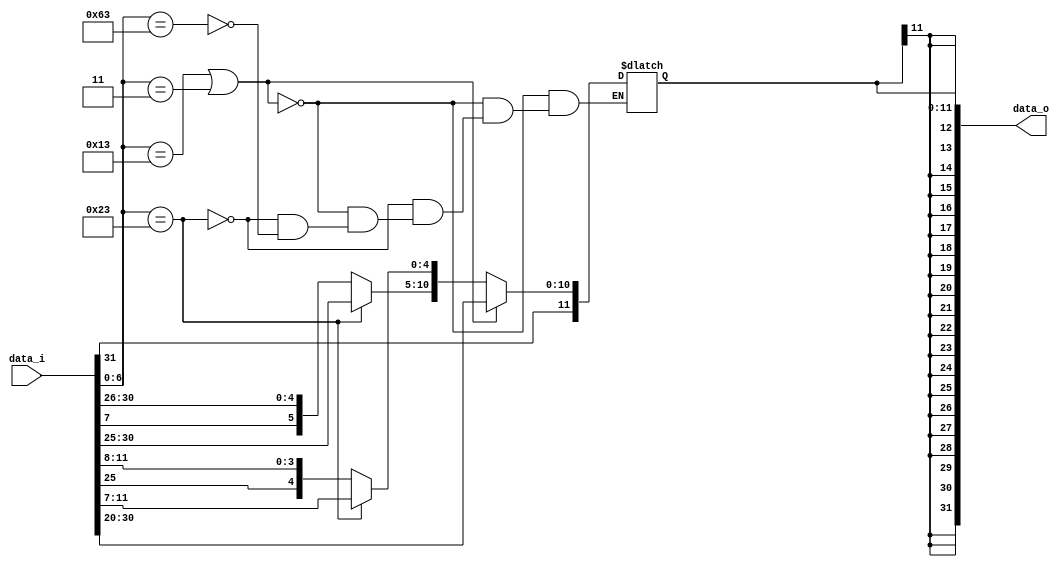
module Sign_Extend(
    data_i,
    data_o
);
input   [31:0]  data_i;
output  [31:0]  data_o;

reg     [11:0]  imm_reg;

assign	data_o = {{20{imm_reg[11]}}, imm_reg};
always @(data_i)
begin
	if (data_i[6 : 0] == 7'b0010011 || data_i[6 : 0] == 7'b0000011) //load & i-type  
	begin
		imm_reg[11 : 0] = data_i[31 : 20];
	end
	else if (data_i[6 : 0] == 7'b0100011)  //store
	begin
		imm_reg[4 : 0] = data_i[11 : 7];    
		imm_reg[11 : 5] = data_i[31 : 25];
	end
	else if (data_i[6 : 0] == 7'b1100011)   //branch
	begin
		imm_reg[3 : 0] = data_i[11 : 8];
		imm_reg[9 : 4] = data_i[30 : 25];
		imm_reg[10] = data_i[7];
		imm_reg[11] = data_i[31];
	end
end
endmodule